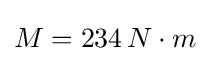
M=234\,N\cdot m